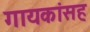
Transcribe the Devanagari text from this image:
गायकांसह